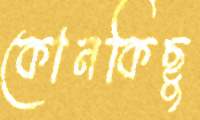
কোনকিছু